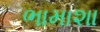
ભામાશા